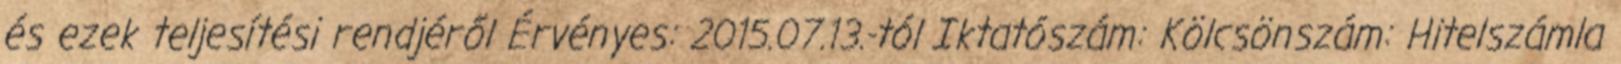
és ezek teljesítési rendjéről Érvényes: 2015.07.13.-tól Iktatószám: Kölcsönszám: Hitelszámla